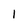
Character: l